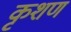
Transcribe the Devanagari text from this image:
कृशण